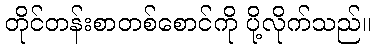
တိုင်တန်းစာတစ်စောင်ကို ပို့လိုက်သည်။